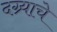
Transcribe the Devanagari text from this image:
दग्र्याचे